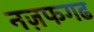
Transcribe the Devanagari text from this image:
नज़फगढ